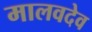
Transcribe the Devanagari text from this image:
मालवदेव